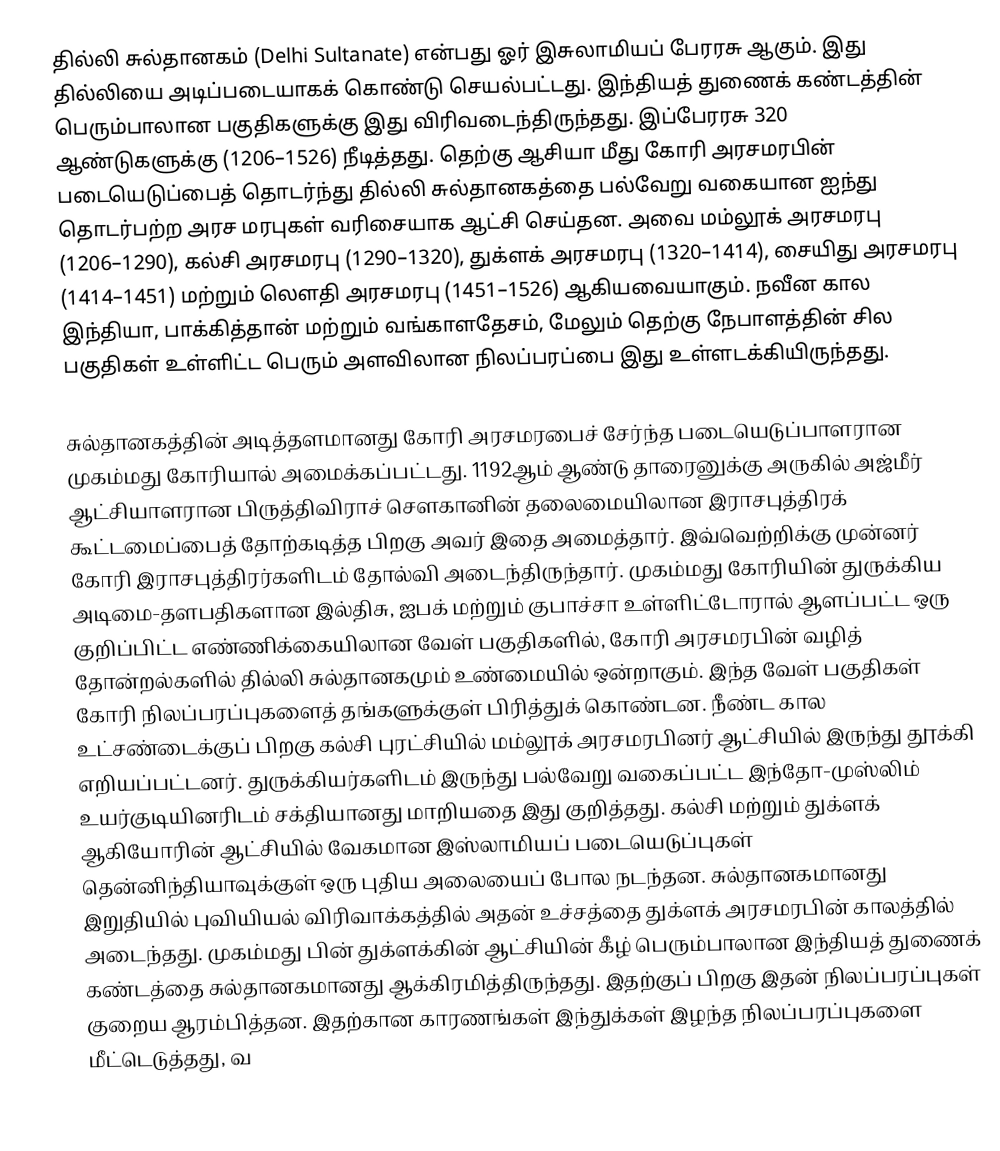
தில்லி சுல்தானகம் (Delhi Sultanate) என்பது ஓர் இசுலாமியப் பேரரசு ஆகும். இது தில்லியை அடிப்படையாகக் கொண்டு செயல்பட்டது. இந்தியத் துணைக் கண்டத்தின் பெரும்பாலான பகுதிகளுக்கு இது விரிவடைந்திருந்தது. இப்பேரரசு 320 ஆண்டுகளுக்கு (1206–1526) நீடித்தது. தெற்கு ஆசியா மீது கோரி அரசமரபின் படையெடுப்பைத் தொடர்ந்து தில்லி சுல்தானகத்தை பல்வேறு வகையான ஐந்து தொடர்பற்ற அரச மரபுகள் வரிசையாக ஆட்சி செய்தன. அவை மம்லூக் அரசமரபு (1206–1290), கல்சி அரசமரபு (1290–1320), துக்ளக் அரசமரபு (1320–1414), சையிது அரசமரபு (1414–1451) மற்றும் லௌதி அரசமரபு (1451–1526) ஆகியவையாகும். நவீன கால இந்தியா, பாக்கித்தான் மற்றும் வங்காளதேசம், மேலும் தெற்கு நேபாளத்தின் சில பகுதிகள் உள்ளிட்ட பெரும் அளவிலான நிலப்பரப்பை இது உள்ளடக்கியிருந்தது.

சுல்தானகத்தின் அடித்தளமானது கோரி அரசமரபைச் சேர்ந்த படையெடுப்பாளரான முகம்மது கோரியால் அமைக்கப்பட்டது. 1192ஆம் ஆண்டு தாரைனுக்கு அருகில் அஜ்மீர் ஆட்சியாளரான பிருத்திவிராச் சௌகானின் தலைமையிலான இராசபுத்திரக் கூட்டமைப்பைத் தோற்கடித்த பிறகு அவர் இதை அமைத்தார். இவ்வெற்றிக்கு முன்னர் கோரி இராசபுத்திரர்களிடம் தோல்வி அடைந்திருந்தார். முகம்மது கோரியின் துருக்கிய அடிமை-தளபதிகளான இல்திசு, ஐபக் மற்றும் குபாச்சா உள்ளிட்டோரால் ஆளப்பட்ட ஒரு குறிப்பிட்ட எண்ணிக்கையிலான வேள் பகுதிகளில், கோரி அரசமரபின் வழித் தோன்றல்களில் தில்லி சுல்தானகமும் உண்மையில் ஒன்றாகும். இந்த வேள் பகுதிகள் கோரி நிலப்பரப்புகளைத் தங்களுக்குள் பிரித்துக் கொண்டன. நீண்ட கால உட்சண்டைக்குப் பிறகு கல்சி புரட்சியில் மம்லூக் அரசமரபினர் ஆட்சியில் இருந்து தூக்கி எறியப்பட்டனர். துருக்கியர்களிடம் இருந்து பல்வேறு வகைப்பட்ட இந்தோ-முஸ்லிம் உயர்குடியினரிடம் சக்தியானது மாறியதை இது குறித்தது. கல்சி மற்றும் துக்ளக் ஆகியோரின் ஆட்சியில் வேகமான இஸ்லாமியப் படையெடுப்புகள் தென்னிந்தியாவுக்குள் ஒரு புதிய அலையைப் போல நடந்தன. சுல்தானகமானது இறுதியில் புவியியல் விரிவாக்கத்தில் அதன் உச்சத்தை துக்ளக் அரசமரபின் காலத்தில் அடைந்தது. முகம்மது பின் துக்ளக்கின் ஆட்சியின் கீழ் பெரும்பாலான இந்தியத் துணைக் கண்டத்தை சுல்தானகமானது ஆக்கிரமித்திருந்தது. இதற்குப் பிறகு இதன் நிலப்பரப்புகள் குறைய ஆரம்பித்தன. இதற்கான காரணங்கள் இந்துக்கள் இழந்த நிலப்பரப்புகளை மீட்டெடுத்தது, வ